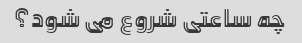
چه ساعتی شروع می شود؟